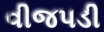
વીજપડી